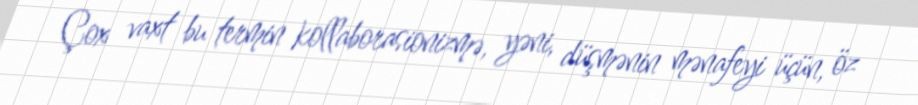
Çox vaxt bu termin kollaborasionizmə, yəni, düşmənin mənafeyi üçün, öz